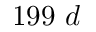
1 9 9 \ d